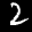
Label: 2